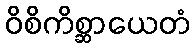
ဝိစိကိစ္ဆာယေတံ